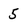
Character: 5